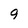
Character: 9